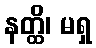
နတ္ထိ၊ မရှ